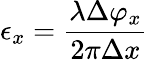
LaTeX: \epsilon_{x}=\frac{\lambda\Delta\varphi_{x}}{2\pi\Delta x}